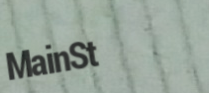
MainSt